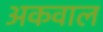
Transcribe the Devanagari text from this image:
अकवाल